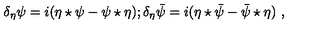
\delta _ { \eta } \psi = i ( \eta \star \psi - \psi \star \eta ) ; \delta _ { \eta } \bar { \psi } = i ( \eta \star \bar { \psi } - \bar { \psi } \star \eta ) \ ,